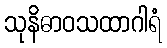
သုနိဓာဝသထာဂါရံ